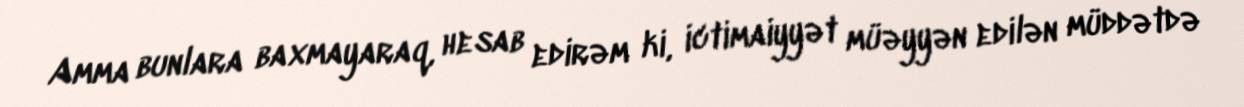
Amma bunlara baxmayaraq, hesab edirəm ki, ictimaiyyət müəyyən edilən müddətdə